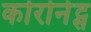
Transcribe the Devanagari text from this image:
कोरोनेट्स